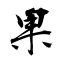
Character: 果